Rangoon Lunatic Asylum 1893-1897 - 1893-1897
Year: 1893
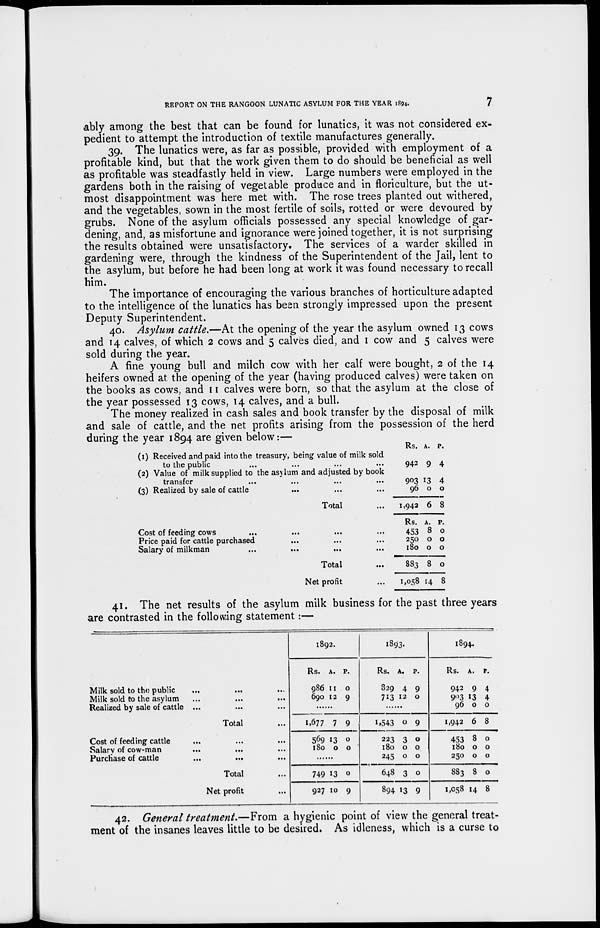
REPORT ON THE RANGOON LUNATIC ASYLUM FOR THE YEAR 1894.
7
ably among the best that can be found for lunatics, it was not considered ex-
pedient to attempt the introduction of textile manufactures generally.
39. The lunatics were, as far as possible, provided with employment of a
profitable kind, but that the work given them to do should be beneficial as well
as profitable was steadfastly held in view. Large numbers were employed in the
gardens both in the raising of vegetable produce and in floriculture, but the ut-
most disappointment was here met with. The rose trees planted out withered,
and the vegetables, sown in the most fertile of soils, rotted or were devoured by
grubs. None of the asylum officials possessed any special knowledge of gar-
dening, and, as misfortune and ignorance were joined together, it is not surprising
the results obtained were unsatisfactory. The services of a warder skilled in
gardening were, through the kindness of the Superintendent of the Jail, lent to
the asylum, but before he had been long at work it was found necessary to recall
him.
The importance of encouraging the various branches of horticulture adapted
to the intelligence of the lunatics has been strongly impressed upon the present
Deputy Superintendent.
40. Asylum cattle.—At the opening of the year the asylum owned 13 cows
and 14 calves, of which 2 cows and 5 calves died, and 1 cow and 5 calves were
sold during the year.
A fine young bull and milch cow with her calf were bought, 2 of the 14
heifers owned at the opening of the year (having produced calves) were taken on
the books as cows, and 11 calves were born, so that the asylum at the close of
the year possessed 13 cows, 14 calves, and a bull.
The money realized in cash sales and book transfer by the disposal of milk
and sale of cattle, and the net profits arising from the possession of the herd
during the year 1894 are given below:—
(1) Received and paid into the treasury, being value of milk sold
to the public ... ... ... ...
(2) Value of milk supplied to the asylum and adjusted by book
transfer ... ... ... ...
(3) Realized by sale of cattle ... ... ...
Total ...
Cost of feeding cows ... ... ... ...
Price paid for cattle purchased ... ... ...
Salary of milkman ... ... ... ...
Total ...
Net profit ...
Rs.
942
903
96
1,942
Rs.
453
250
180
883
1,058
A.
9
13
0
6
A.
8
0
0
8
14
P.
4
4
0
8
P.
0
0
0
0
8
41. The net results of the asylum milk business for the past three years
are contrasted in the following statement:—
Milk sold to the public ... ... ...
Milk sold to the asylum ... ... ...
Realized by sale of cattle ... ... ...
Total ...
Cost of feeding cattle ... ... ...
Salary of cow-man ... ... ...
Purchase of cattle ... ... ...
Total ...
Net profit ...
1892.
Rs.
986
690
A.
11
12
P.
0
9
......
1,677
569
180
7
13
0
9
0
0
......
749
927
13
10
0
9
1893.
Rs.
829
713
A.
4
12
P.
9
0
......
1,543
223
180
245
648
894
0
3
0
0
3
13
9
0
0
0
0
9
1894.
Rs.
942
903
96
1,942
453
180
250
883
1,058
A.
9
13
0
6
8
0
0
8
14
P.
4
4
0
8
0
0
0
0
8
42. General treatment.—From a hygienic point of view the general treat-
ment of the insanes leaves little to be desired. As idleness, which is a curse to